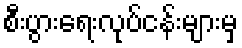
စီးပွားရေးလုပ်ငန်းများမှ